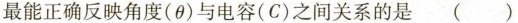
最能正确反映角度(θ)与电容(C)之间关系的是( )